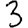
Digit: 3